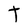
Character: T